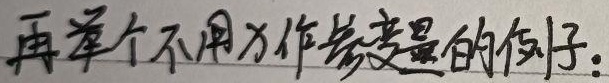
再举个不用 \(x\) 作参变量的例子：